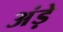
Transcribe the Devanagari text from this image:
अंड़े